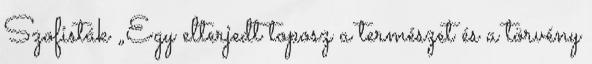
Szofisták „Egy elterjedt toposz a természet és a törvény